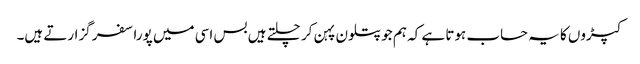
کپڑوں کا یہ حساب ہوتا ہے کہ ہم جو پتلون پہن کر چلتے ہیں بس اسی میں پورا سفر گزارتے ہیں۔